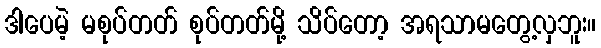
ဒါပေမဲ့ မစုပ်တတ် စုပ်တတ်မို့ သိပ်တော့ အရသာမတွေ့လှဘူး။